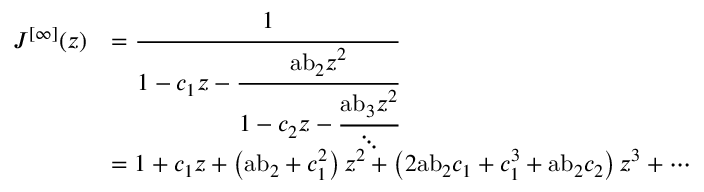
{ \begin{array} { r l } { J ^ { [ \infty ] } ( z ) } & { = { \cfrac { 1 } { 1 - c _ { 1 } z - { \cfrac { { \mathrm { a b } } _ { 2 } z ^ { 2 } } { 1 - c _ { 2 } z - { \cfrac { { \mathrm { a b } } _ { 3 } z ^ { 2 } } { \ddots } } } } } } } \\ & { = 1 + c _ { 1 } z + \left( { \mathrm { a b } } _ { 2 } + c _ { 1 } ^ { 2 } \right) z ^ { 2 } + \left( 2 { \mathrm { a b } } _ { 2 } c _ { 1 } + c _ { 1 } ^ { 3 } + { \mathrm { a b } } _ { 2 } c _ { 2 } \right) z ^ { 3 } + \cdots } \end{array} }